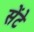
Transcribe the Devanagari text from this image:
सेंटे